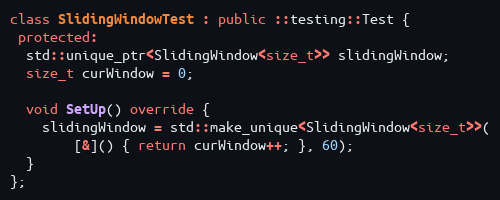
Language: C++
class SlidingWindowTest : public ::testing::Test {
 protected:
  std::unique_ptr<SlidingWindow<size_t>> slidingWindow;
  size_t curWindow = 0;

  void SetUp() override {
    slidingWindow = std::make_unique<SlidingWindow<size_t>>(
        [&]() { return curWindow++; }, 60);
  }
};